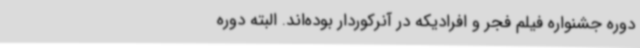
دوره جشنواره فیلم فجر و افرادیکه در آنرکوردار بوده‌اند. البته دوره